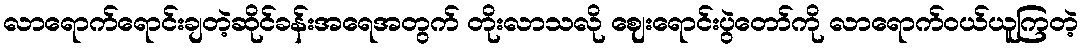
လာရောက်ရောင်းချတဲ့ဆိုင်ခန်းအရေအတွက် တိုးလာသလို ဈေးရောင်းပွဲတော်ကို လာရောက်ဝယ်ယူကြတဲ့